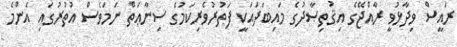
ރައީސް ވިދާޅުވީ ރާއްޖޭގެ އިޤުތިޞާދުގެ މައިބަދައަކީ ފަތުރުވެރިކަމުގެ ސިނާޢަތް ނަމަވެސް އުތުރުގައި އެންމެ